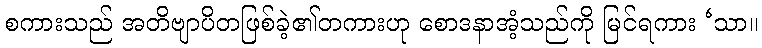
စကားသည် အတိဗျာပိတဖြစ်ခဲ့၏တကားဟု စောဒနာအံ့သည်ကို မြင်ရကား ‘သာ။